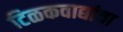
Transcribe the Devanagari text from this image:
टिळकवाद्यांचा